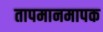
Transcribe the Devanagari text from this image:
तापमानमापक